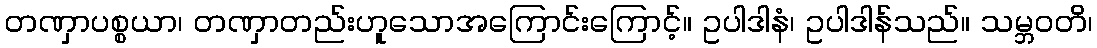
တဏှာပစ္စယာ၊ တဏှာတည်းဟူသောအကြောင်းကြောင့်။ ဥပါဒါနံ၊ ဥပါဒါန်သည်။ သမ္ဘဝတိ၊